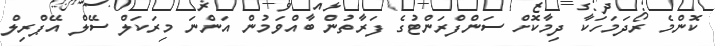
ކޮންމެ ރޯދަމަހަކާ ދިމާކޮށް ސަންފްރަންޓުގެ ފަރާތުން ބާއްވަމުން އަންނަ މިރަކަލް ސޭލް އޭޕްރިލް